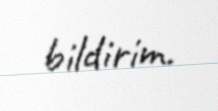
bildirim.